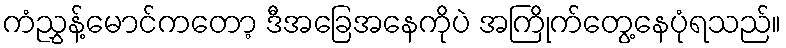
ကံညွှန့်မောင်ကတော့ ဒီအခြေအနေကိုပဲ အကြိုက်တွေ့နေပုံရသည်။